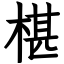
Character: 椹